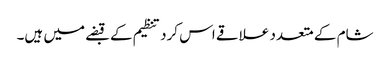
شام کے متعدد علاقے اس کرد تنظیم کے قبضے میں ہیں۔